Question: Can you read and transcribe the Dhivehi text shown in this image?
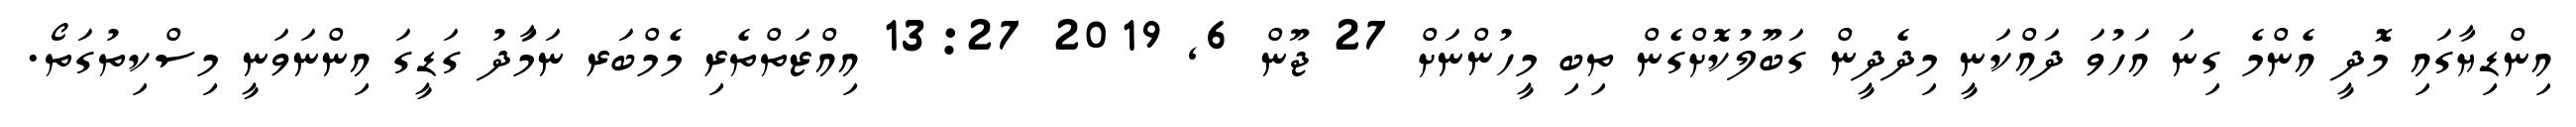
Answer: އިންޑިޔާގައި މޮދީ އެންމެ ގިނަ އަހުވަ ދައްކަނީ މިދެދީން ގަބޫލުކޮށްގެން ތިބި މީހުންނަށް 27 ޖޫން 6, 2019 13:27 އިއްޒަތްތެރި މެމްބަރ ނަމަާދު ގަޑީގަ އިންނަވަނީ މިސްކިތުގަތޯ.